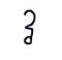
វ